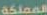
المملكة